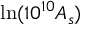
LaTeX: \ln ( 1 0 ^ { 1 0 } A _ { s } )